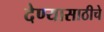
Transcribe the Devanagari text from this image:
देण्यासाठीचे